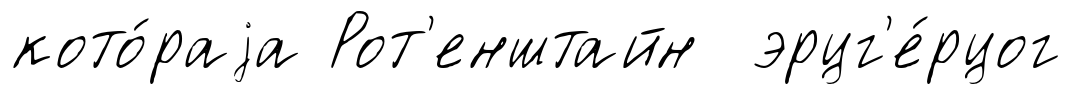
кото́раjа Рот'енштайн эрцг'е́рцог